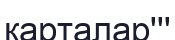
карталар'''